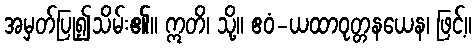
အမှတ်ပြု၍သိမ်း၏။ ဣတိ၊ သို့။ ဧဝံ-ယထာဝုတ္တနယေန၊ ဖြင့်။